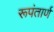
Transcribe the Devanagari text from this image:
रूपंतार्ण